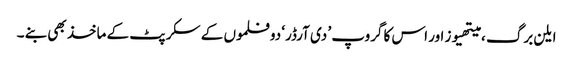
ایلن برگ ، میتھیوز اور اس کا گروپ ’ دی آرڈر‘ دو فلموں کے سکرپٹ کے ماخذ بھی بنے ۔